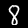
Label: 8